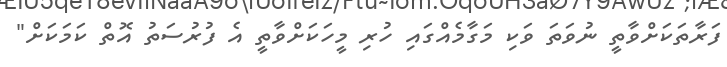
ފަރާތަކަށްވާތީ ނުވަތަ ވަކި މަގާމެއްގައި ހުރި މީހަކަށްވާތީ އެ ފުރުސަތު އޮތް ކަމަކަށް"